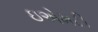
ઇએમટી